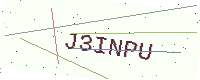
Text: J3INPU